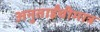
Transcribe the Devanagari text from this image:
अनुताईंचीमात्र